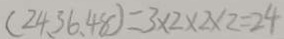
( 2 4 、 3 6 、 4 8 ) = 3 \times 2 \times 2 \times 2 = 2 4